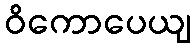
ဝိကောပေယျ